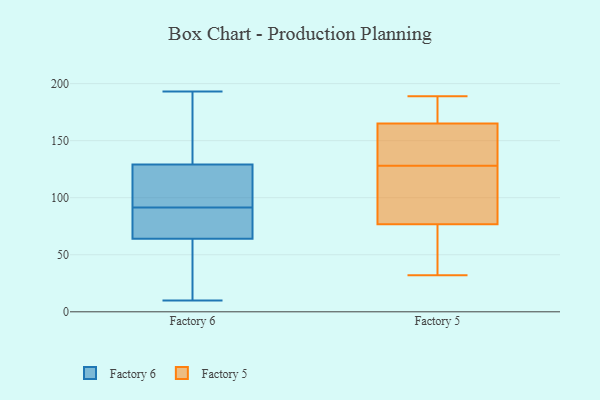
{"axis": {"x": "Revenue (USD Million)", "y": "Value"}, "legend": ["Factory 5", "Factory 6"], "data": [{"x": "", "y": 193, "type": "Factory 6"}, {"x": "", "y": 29, "type": "Factory 6"}, {"x": "", "y": 65, "type": "Factory 6"}, {"x": "", "y": 64, "type": "Factory 6"}, {"x": "", "y": 10, "type": "Factory 6"}, {"x": "", "y": 129, "type": "Factory 6"}, {"x": "", "y": 109, "type": "Factory 6"}, {"x": "", "y": 159, "type": "Factory 6"}, {"x": "", "y": 78, "type": "Factory 6"}, {"x": "", "y": 60, "type": "Factory 6"}, {"x": "", "y": 156, "type": "Factory 6"}, {"x": "", "y": 64, "type": "Factory 6"}, {"x": "", "y": 126, "type": "Factory 6"}, {"x": "", "y": 31, "type": "Factory 6"}, {"x": "", "y": 90, "type": "Factory 6"}, {"x": "", "y": 93, "type": "Factory 6"}, {"x": "", "y": 124, "type": "Factory 6"}, {"x": "", "y": 135, "type": "Factory 6"}, {"x": "", "y": 134, "type": "Factory 5"}, {"x": "", "y": 143, "type": "Factory 5"}, {"x": "", "y": 61, "type": "Factory 5"}, {"x": "", "y": 187, "type": "Factory 5"}, {"x": "", "y": 160, "type": "Factory 5"}, {"x": "", "y": 189, "type": "Factory 5"}, {"x": "", "y": 64, "type": "Factory 5"}, {"x": "", "y": 85, "type": "Factory 5"}, {"x": "", "y": 81, "type": "Factory 5"}, {"x": "", "y": 180, "type": "Factory 5"}, {"x": "", "y": 122, "type": "Factory 5"}, {"x": "", "y": 32, "type": "Factory 5"}, {"x": "", "y": 128, "type": "Factory 5"}]}